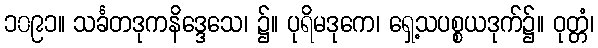
၁၀၉၁။ သင်္ခတဒုကနိဒ္ဒေသေ၊ ၌။ ပုရိမဒုကေ၊ ရှေ့သပစ္စယဒုက်၌။ ဝုတ္တံ၊